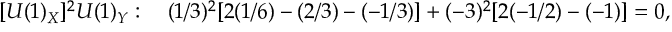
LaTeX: [ U ( 1 ) _ { X } ] ^ { 2 } U ( 1 ) _ { Y } : ~ ~ ~ ( 1 / 3 ) ^ { 2 } [ 2 ( 1 / 6 ) - ( 2 / 3 ) - ( - 1 / 3 ) ] + ( - 3 ) ^ { 2 } [ 2 ( - 1 / 2 ) - ( - 1 ) ] = 0 ,